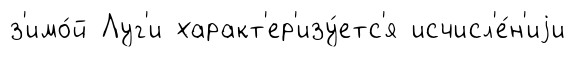
з'имо́й Луг'и характ'ер'изу́етс'я исчисл'е́н'иjи